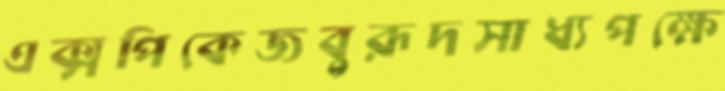
এক্সপিকেজবুরূদসাধ্যপক্ষে